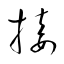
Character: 接